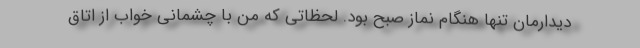
دیدارمان تنها هنگام نماز صبح بود. لحظاتی که من با چشمانی خواب از اتاق